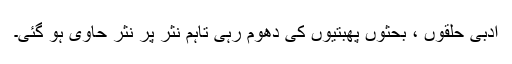
ادبی حلقوں ، بحثوں پھبتیوں کی دھوم رہی تاہم نثر پر نثر حاوی ہو گئی۔